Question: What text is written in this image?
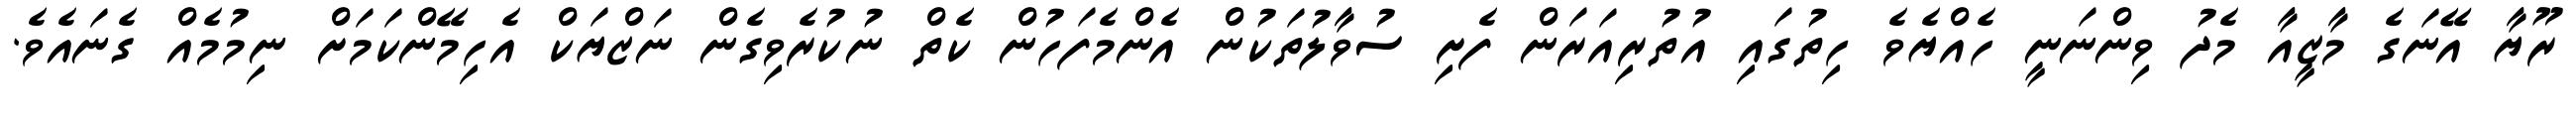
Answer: ރޫޔާ އޭނަގެ މާޒީއާ މެދު ވިންނަނީ ހެއްޔެވެ ހިތުގައި އުތުރިއަރަން ފެށި ސުވާލުތަކުން އެންމެފަހުން ކެތް ނުކުރެވިގެން ނަޒްޔަކް އެހިމޭންކަމަށް ނިމުމެއް ގެނައެވެ.